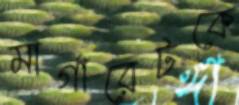
মার্গারেটকে